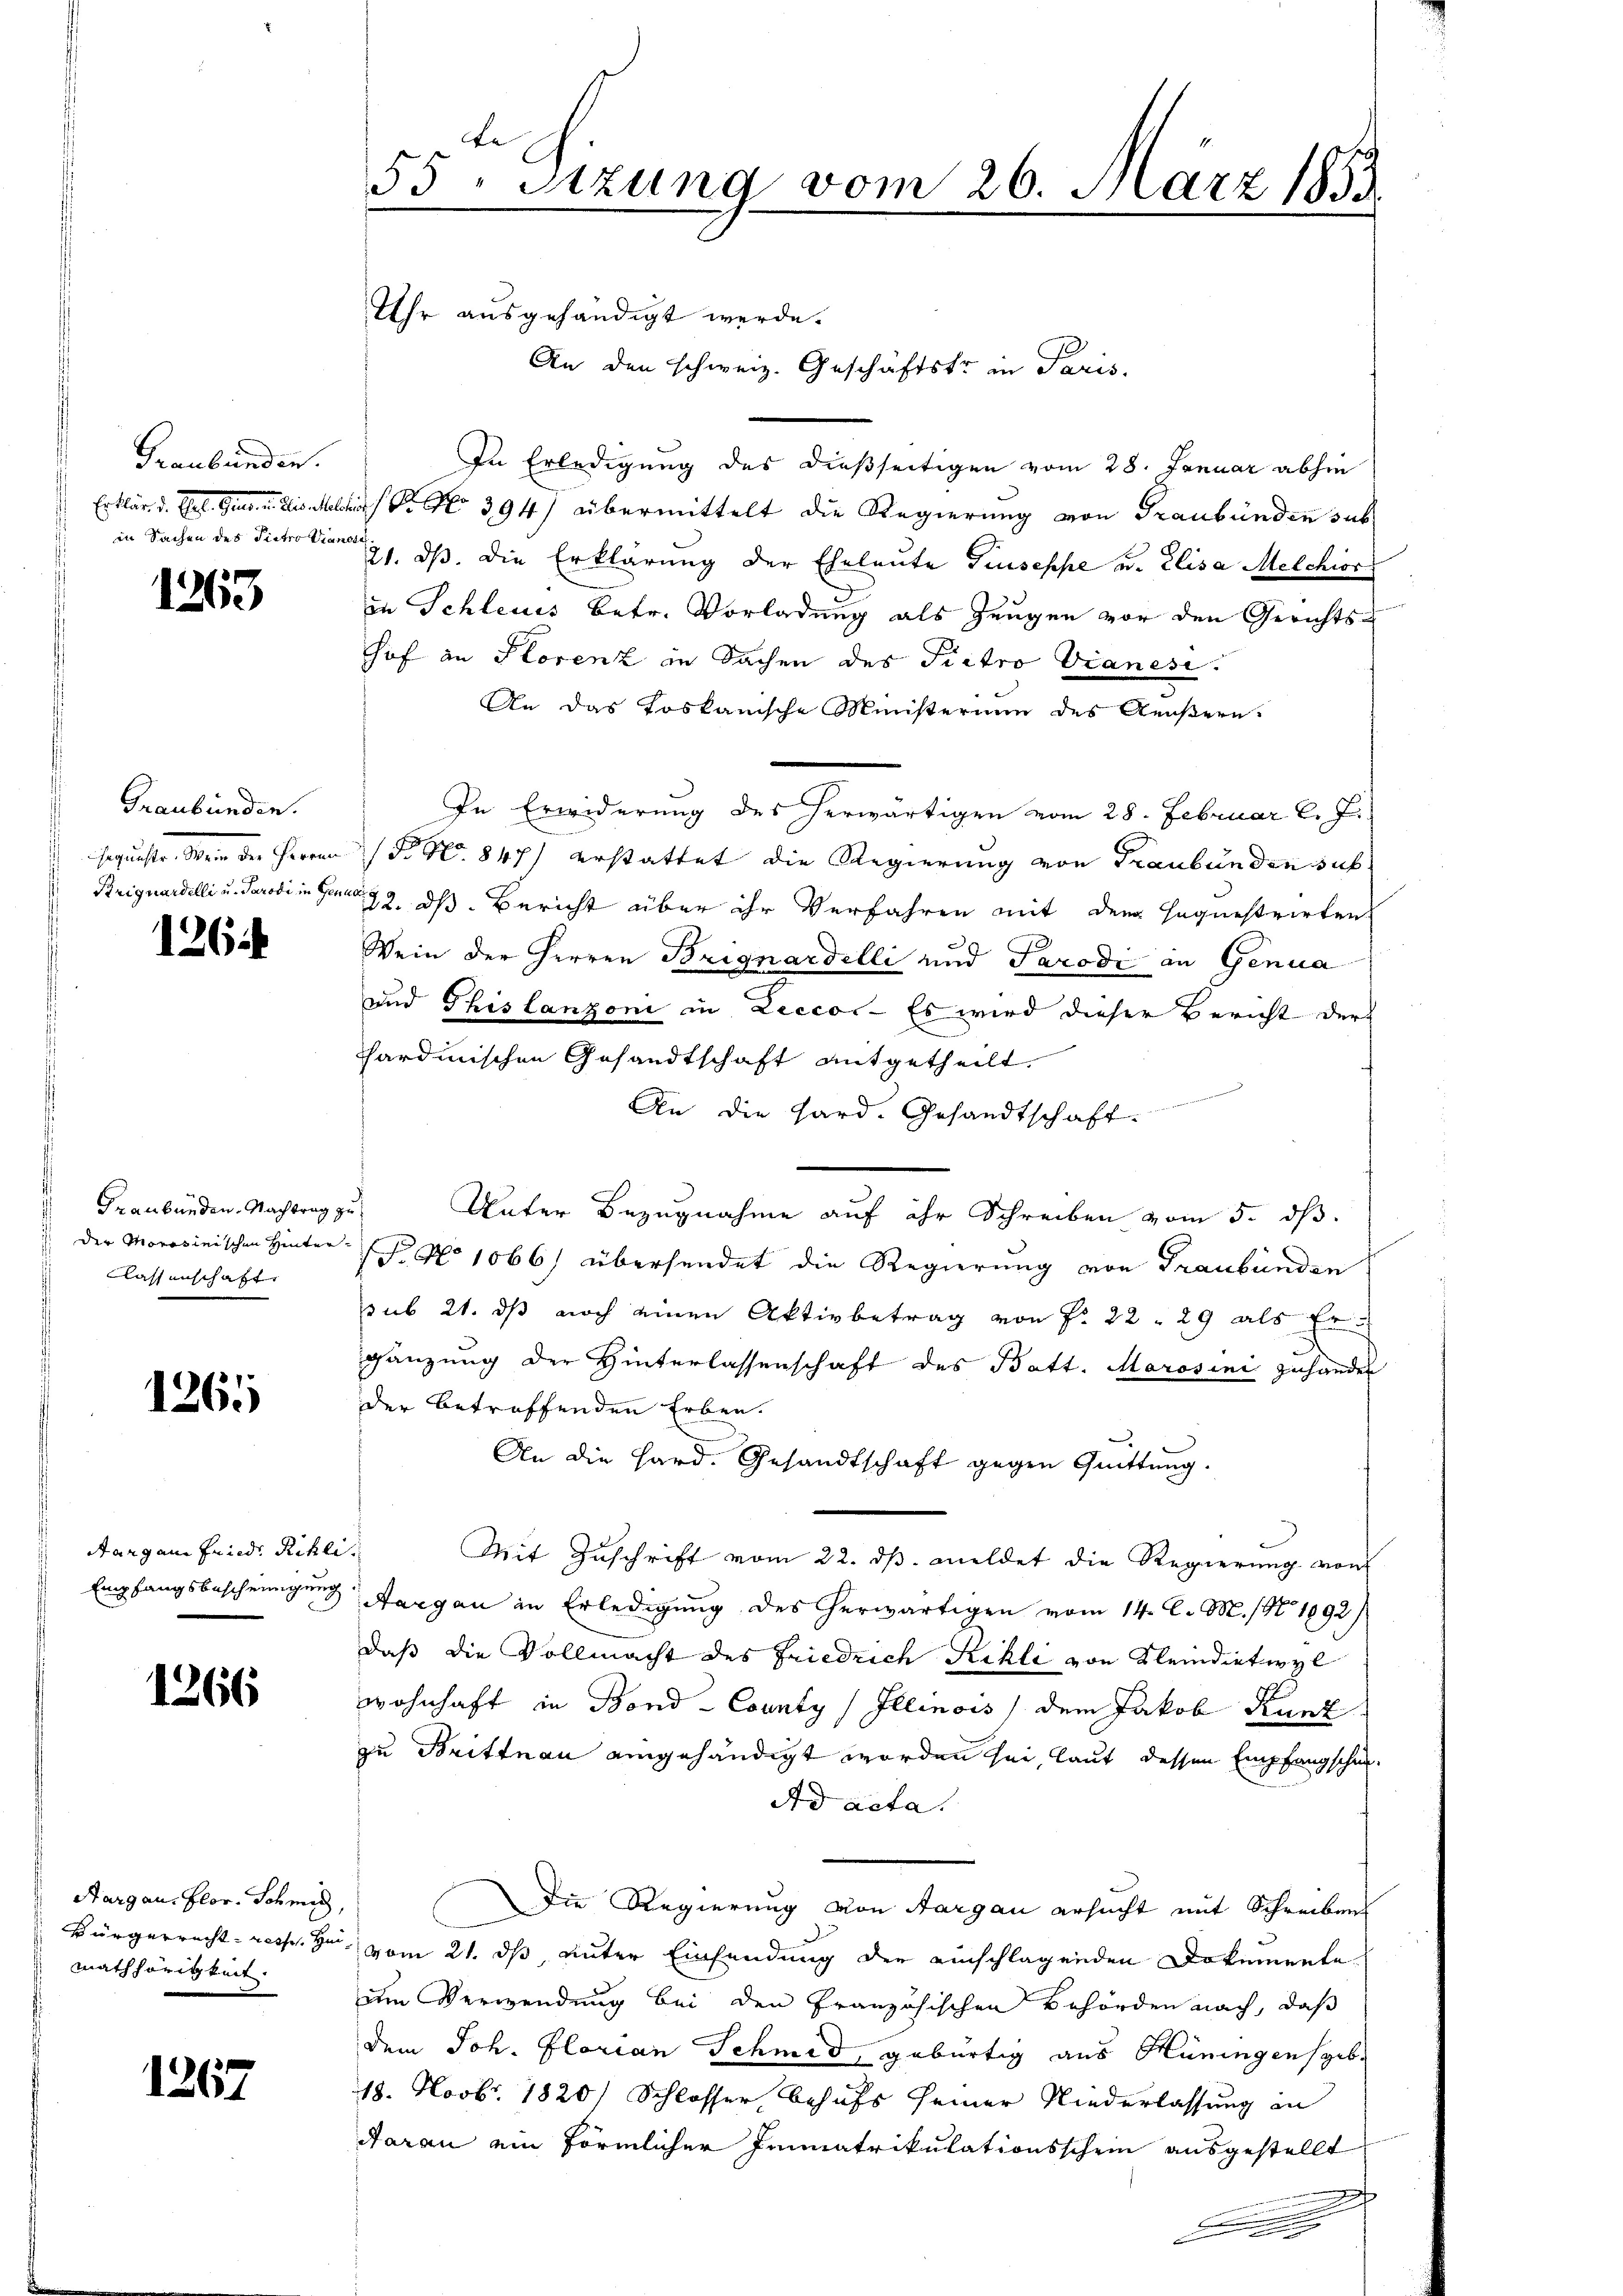
Graubünden.
Erklär v. Etat. Gener in die habe
in Sachen des Dieter Viamete

1
126.

Graubünden.

126

Graubünden. Nachtrag zu
der Morosinischen Hinter¬
Classenschaft

1261

Aargau Friedr. Rihli
Empfangsbescheinigung

1266

Aargau, Flor. Schmid,
Bürgerrecht- resse. Hei
mathörigkeit.

1267

55, Sitzung vom 26. März 1853

Uhr ausgehändigt werde.
An den schweiz. Geschäftstr in Paris,
In Erledigung des dießseitigen vom 28. Januar abhin
 P. No 394) übermittelt die Regierung von Graubünden sub
21. dβ. Die Erklärung der Eheleute Giuseppe u. Elisa Melchior
in Schleuis betr. Vorladung als Zeugen vor den Gerichts-
hof an Florenz in Sachen des Pietro Vianesi.
An das Loskanische Ministerium des Aeußern.
In Erwiderung des herwärtigen vom 28. Februar l. J.
sgunste. Wein der Herren (S. Nr. 847 erstattet die Regierung von Graubünden sub.
Briguardelli u. Parodi in Gang. dß. Bericht über ihr Verfahren mit dem Hoquestrirten
Wein der Herren Brignardelli und Parodi in Genua
und Thislanzoni in Leccos - Es wird dieser Bericht der
sardinischen Gesandtschaft mitgetheilt.
An die Hard-Gesandtschaft.
Vater Bezugnahme auf ihr Schreiben vom 5. dß.
T. No 1066) übersendet die Regierung von Graubünden
sub 21. ds noch einen Aktivbetrag von P. 22. 29 als Er
gänzung der Hinterlassenschaft des Batt. Marosini zuhander
der betreffenden Erben.
An die Hard. Gesandtschaft gegen Quittung.
d
Mit Zuschrift vom 22. dβ. meldet die Regierung von
Aargau in Erledigung des herwärtigen vom 14. C. M. / 1892)
daß die Vollmacht des Friedrich Rikli von Kleindietwyl
wohnhaft in Bond-County Illinois) dem Jakob Kunz
zu Brittnau eingehändigt worden sei, laut dessen Empfangschei¬
Ad acta.
Die Regierung von Aargau ersucht mit Schreiben
vom 21. ds, unter Einsendung der einschlagenden Dokumente
um Verwendung bei den Französischen Behörden nach, daß
dem Joh. Florian Schmid, gebürtig aus Hüningensgebr
18. Novbr. 1820) Schlosser behufs seiner Niederlassung in
darau ein förmlicher Immatrikulationsschein ausgestellt